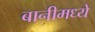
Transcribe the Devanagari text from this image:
बानीमध्ये